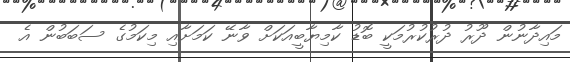
މައިދާނުން ދޫރު ދުރުކުރުމަކީ ބޮޑު ކާމިޔާބީއަކަށް ވާނޭ ކަމަށާއި މިކަމުގެ ސަބަބުން އެ